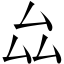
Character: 厽